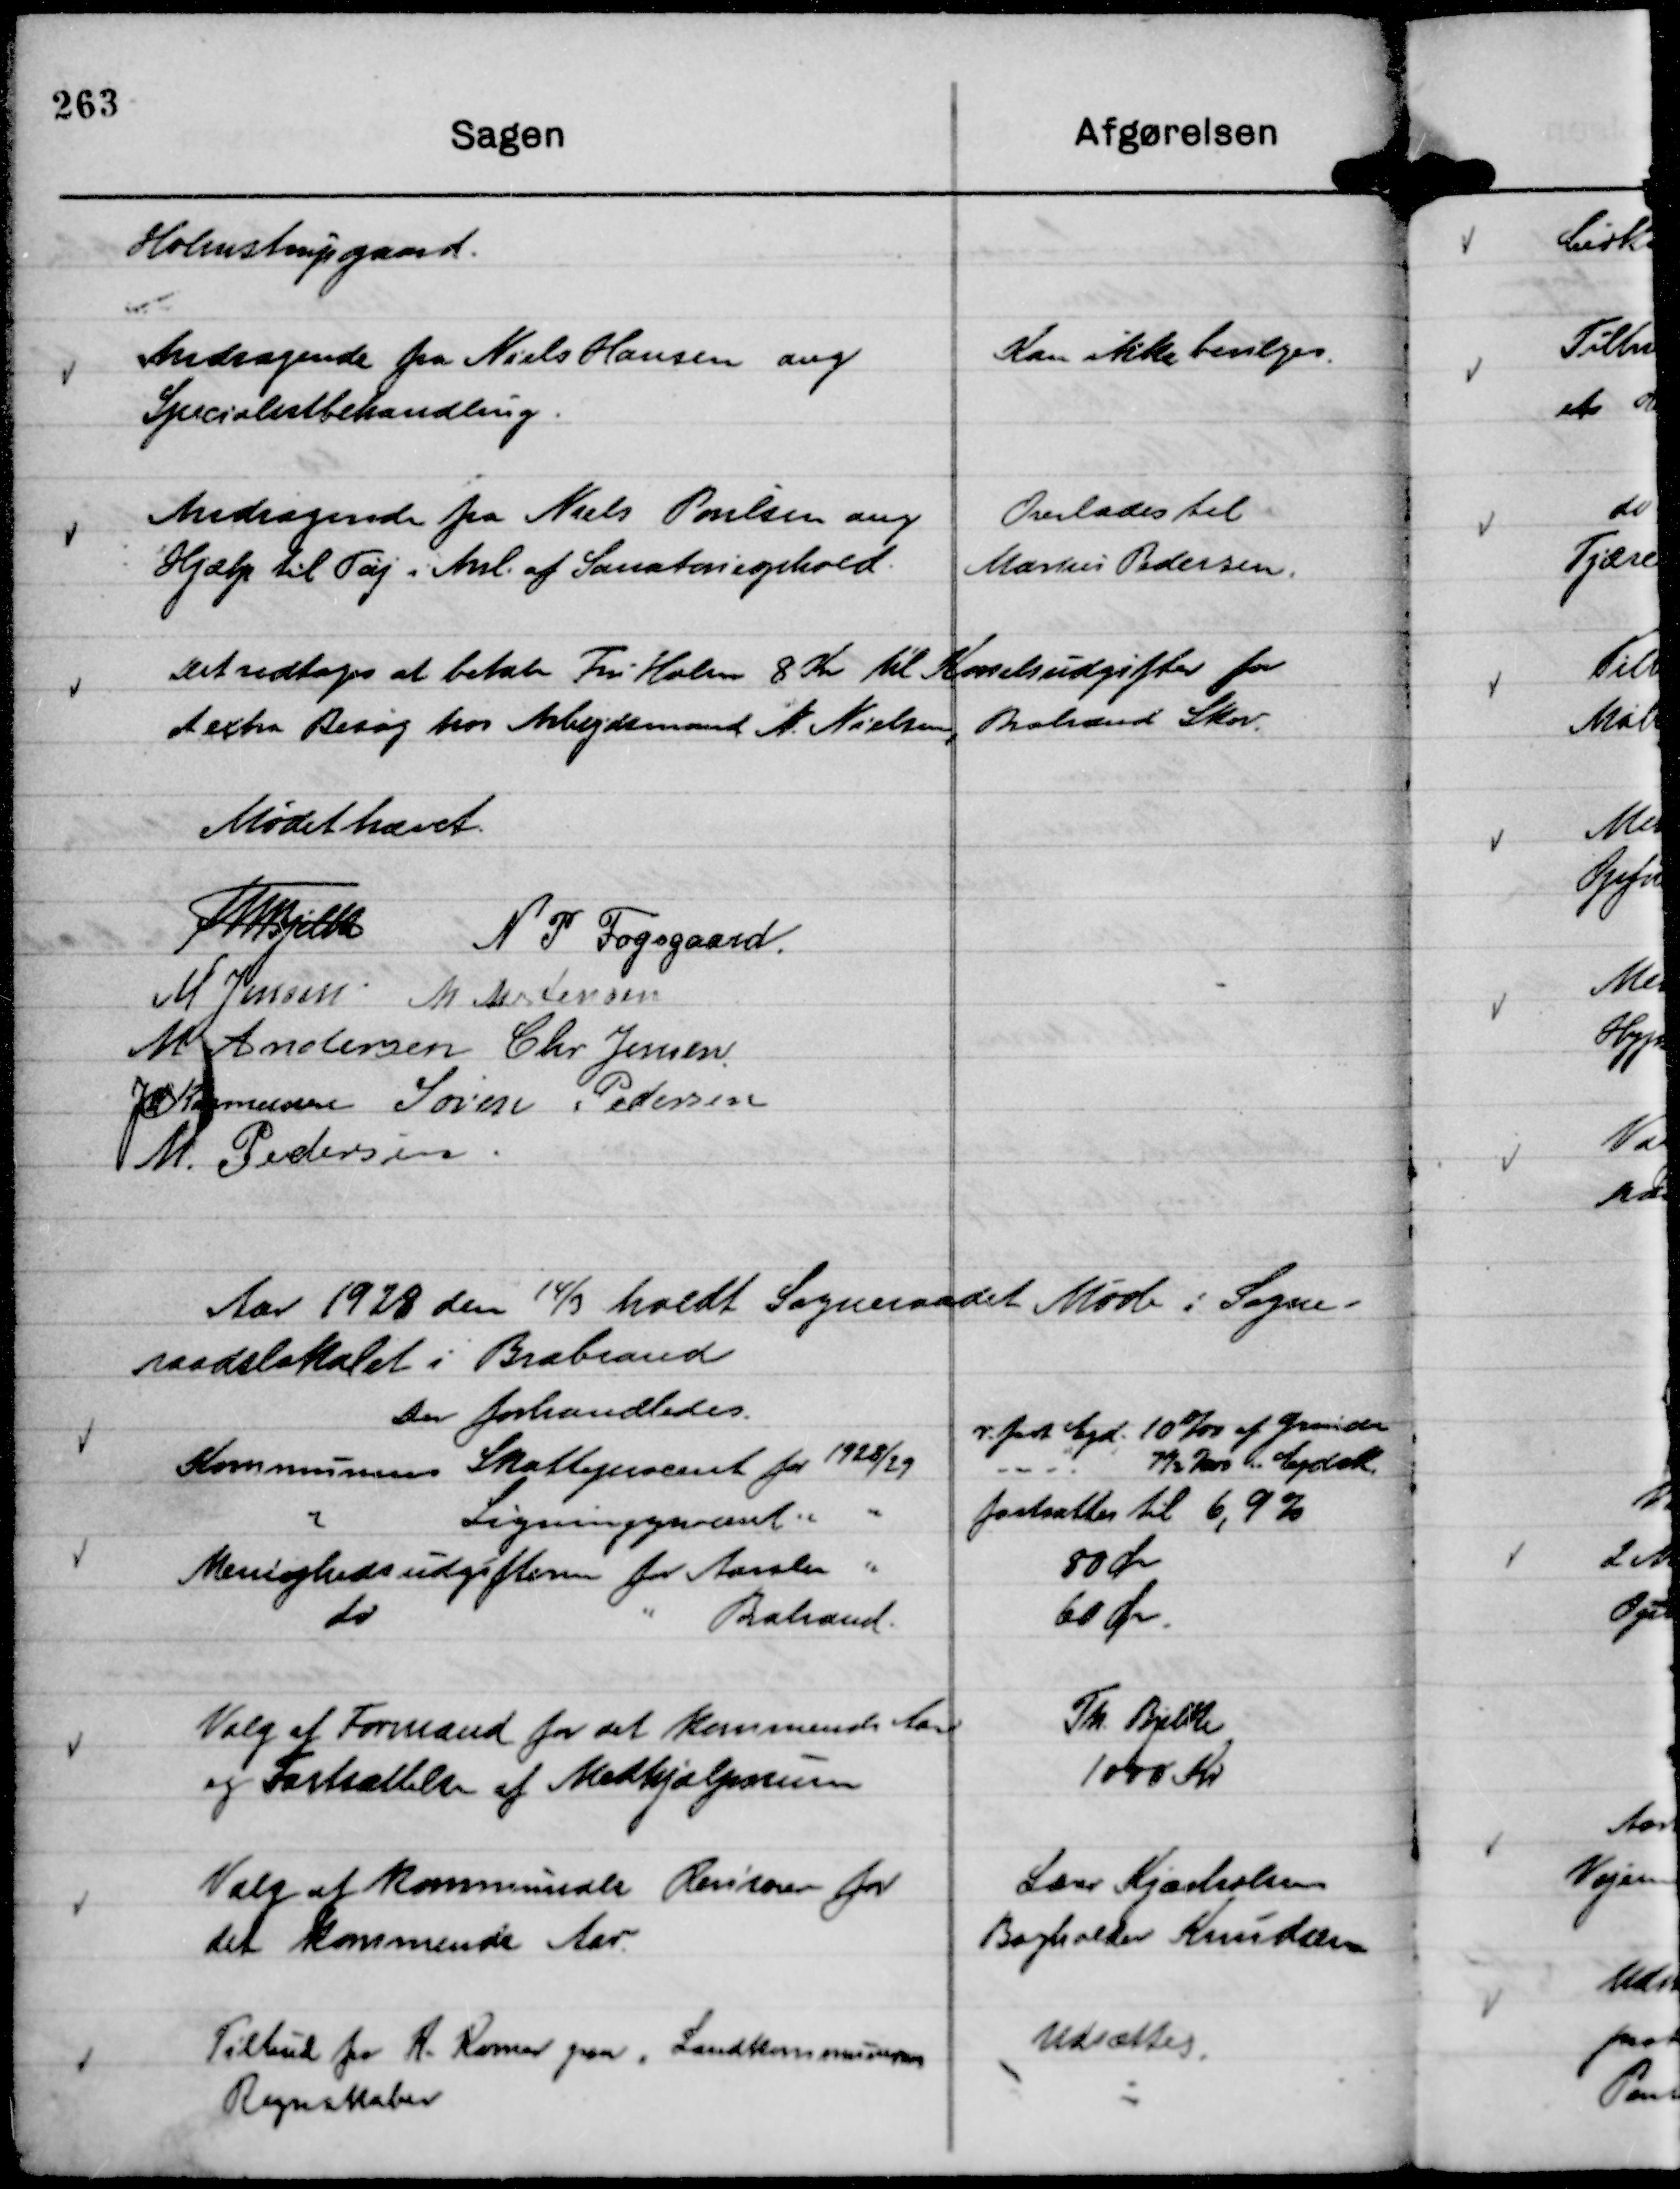
Transskription:
Holmstrupgaard.

Andragende fra Niels Hansen ang
Specialistbehandling.

Kan ikke bevilges.

Andragende fra Niels Poulsen ang
Hjælp til Tøj i Anl. af Sanatorieophold.

Overlades til
Marius Pedersen.

Det vedtoges at betale Fru Holm 8 Kr til Kørselsudgifter for
et extra Besøg hos Arbejdsmand N. Nielsen, Brabrand Skov.

Mødet hævet.
Th Bjelke
N P Fogsgaard.
M Jensen
M Mortensen
M Andersen
Chr Jensen
JM Rasmussen
Søren Pedersen
M. Pedersen.

Aar 1928 den 14/3 holdt Sogneraadet Møde i Sogne-
raadslokalet i Brabrand
Der forhandledes.

Valg af Formand for det kommende Aar
og Fastsættelse af Medhjælpssum

Th. Bjelke
1000 Kr

Valg af kommunale Revisorer for
det kommrende Aar.

Lærer Kjærholm
Bogholder Knudsen

Tilbud fra R. Romer paa , Landkommunens
Regnskaber

Udsættes.